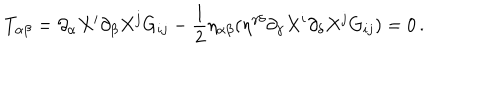
T _ { \alpha \beta } = \partial _ { \alpha } X ^ { i } \partial _ { \beta } X ^ { j } G _ { i j } - \frac { 1 } { 2 } \eta _ { \alpha \beta } ( \eta ^ { \gamma \delta } \partial _ { \gamma } X ^ { i } \partial _ { \delta } X ^ { j } G _ { i j } ) = 0 \, .